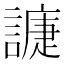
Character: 𧫰